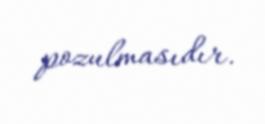
pozulmasıdır.